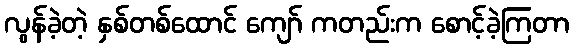
လွန်ခဲ့တဲ့ နှစ်တစ်ထောင် ကျော် ကတည်းက စောင့်ခဲ့ကြတာ